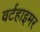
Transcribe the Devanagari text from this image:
वर्टहाइमर